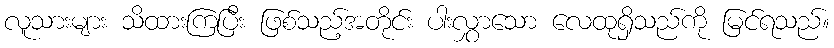
လူသားများ သိထားကြပြီး ဖြစ်သည့်အတိုင်း ပါးလွှာသော လေထုရှိသည်ကို မြင်ရသည်။